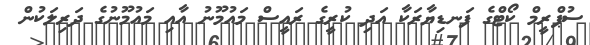
ސުޕްރީމް ކޯޓްގެ ފަނޑިޔާރަކާ އަދި ކުރީގެ ރައީސް މައުމޫނު އާއި މައުމޫނުގެ ދަރިލަކުން